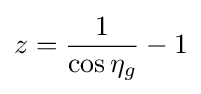
z={\frac {1}{\cos \eta _{g}}}-1